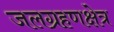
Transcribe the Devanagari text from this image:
जलग्रहणक्षेत्र